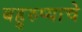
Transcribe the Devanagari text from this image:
बहुरुप्याचे